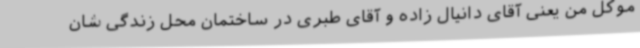
موکل من یعنی آقای دانیال زاده و آقای طبری در ساختمان محل زندگی شان